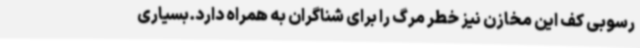
رسوبی کف این مخازن نیز خطر مرگ را برای شناگران به همراه دارد.بسیاری